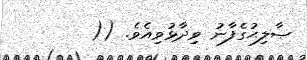
ޞާލިޙުގެފާނު ވިދާޅުވިއެވެ. ((